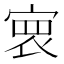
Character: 𡩑